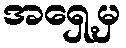
အရှေ့မှ